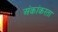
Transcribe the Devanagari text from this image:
अंकांकरता